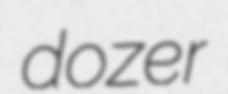
dozer